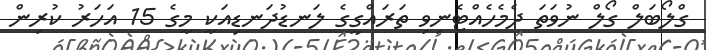
ގްލޯބަލް ގޯލް ނުވަތަ ދެމެހެއްޓެނިވި ތަރައްގީގެ ލަނޑުދަނޑިއަކީ މީގެ 15 އަހަރު ކުރިން